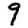
Digit: 9